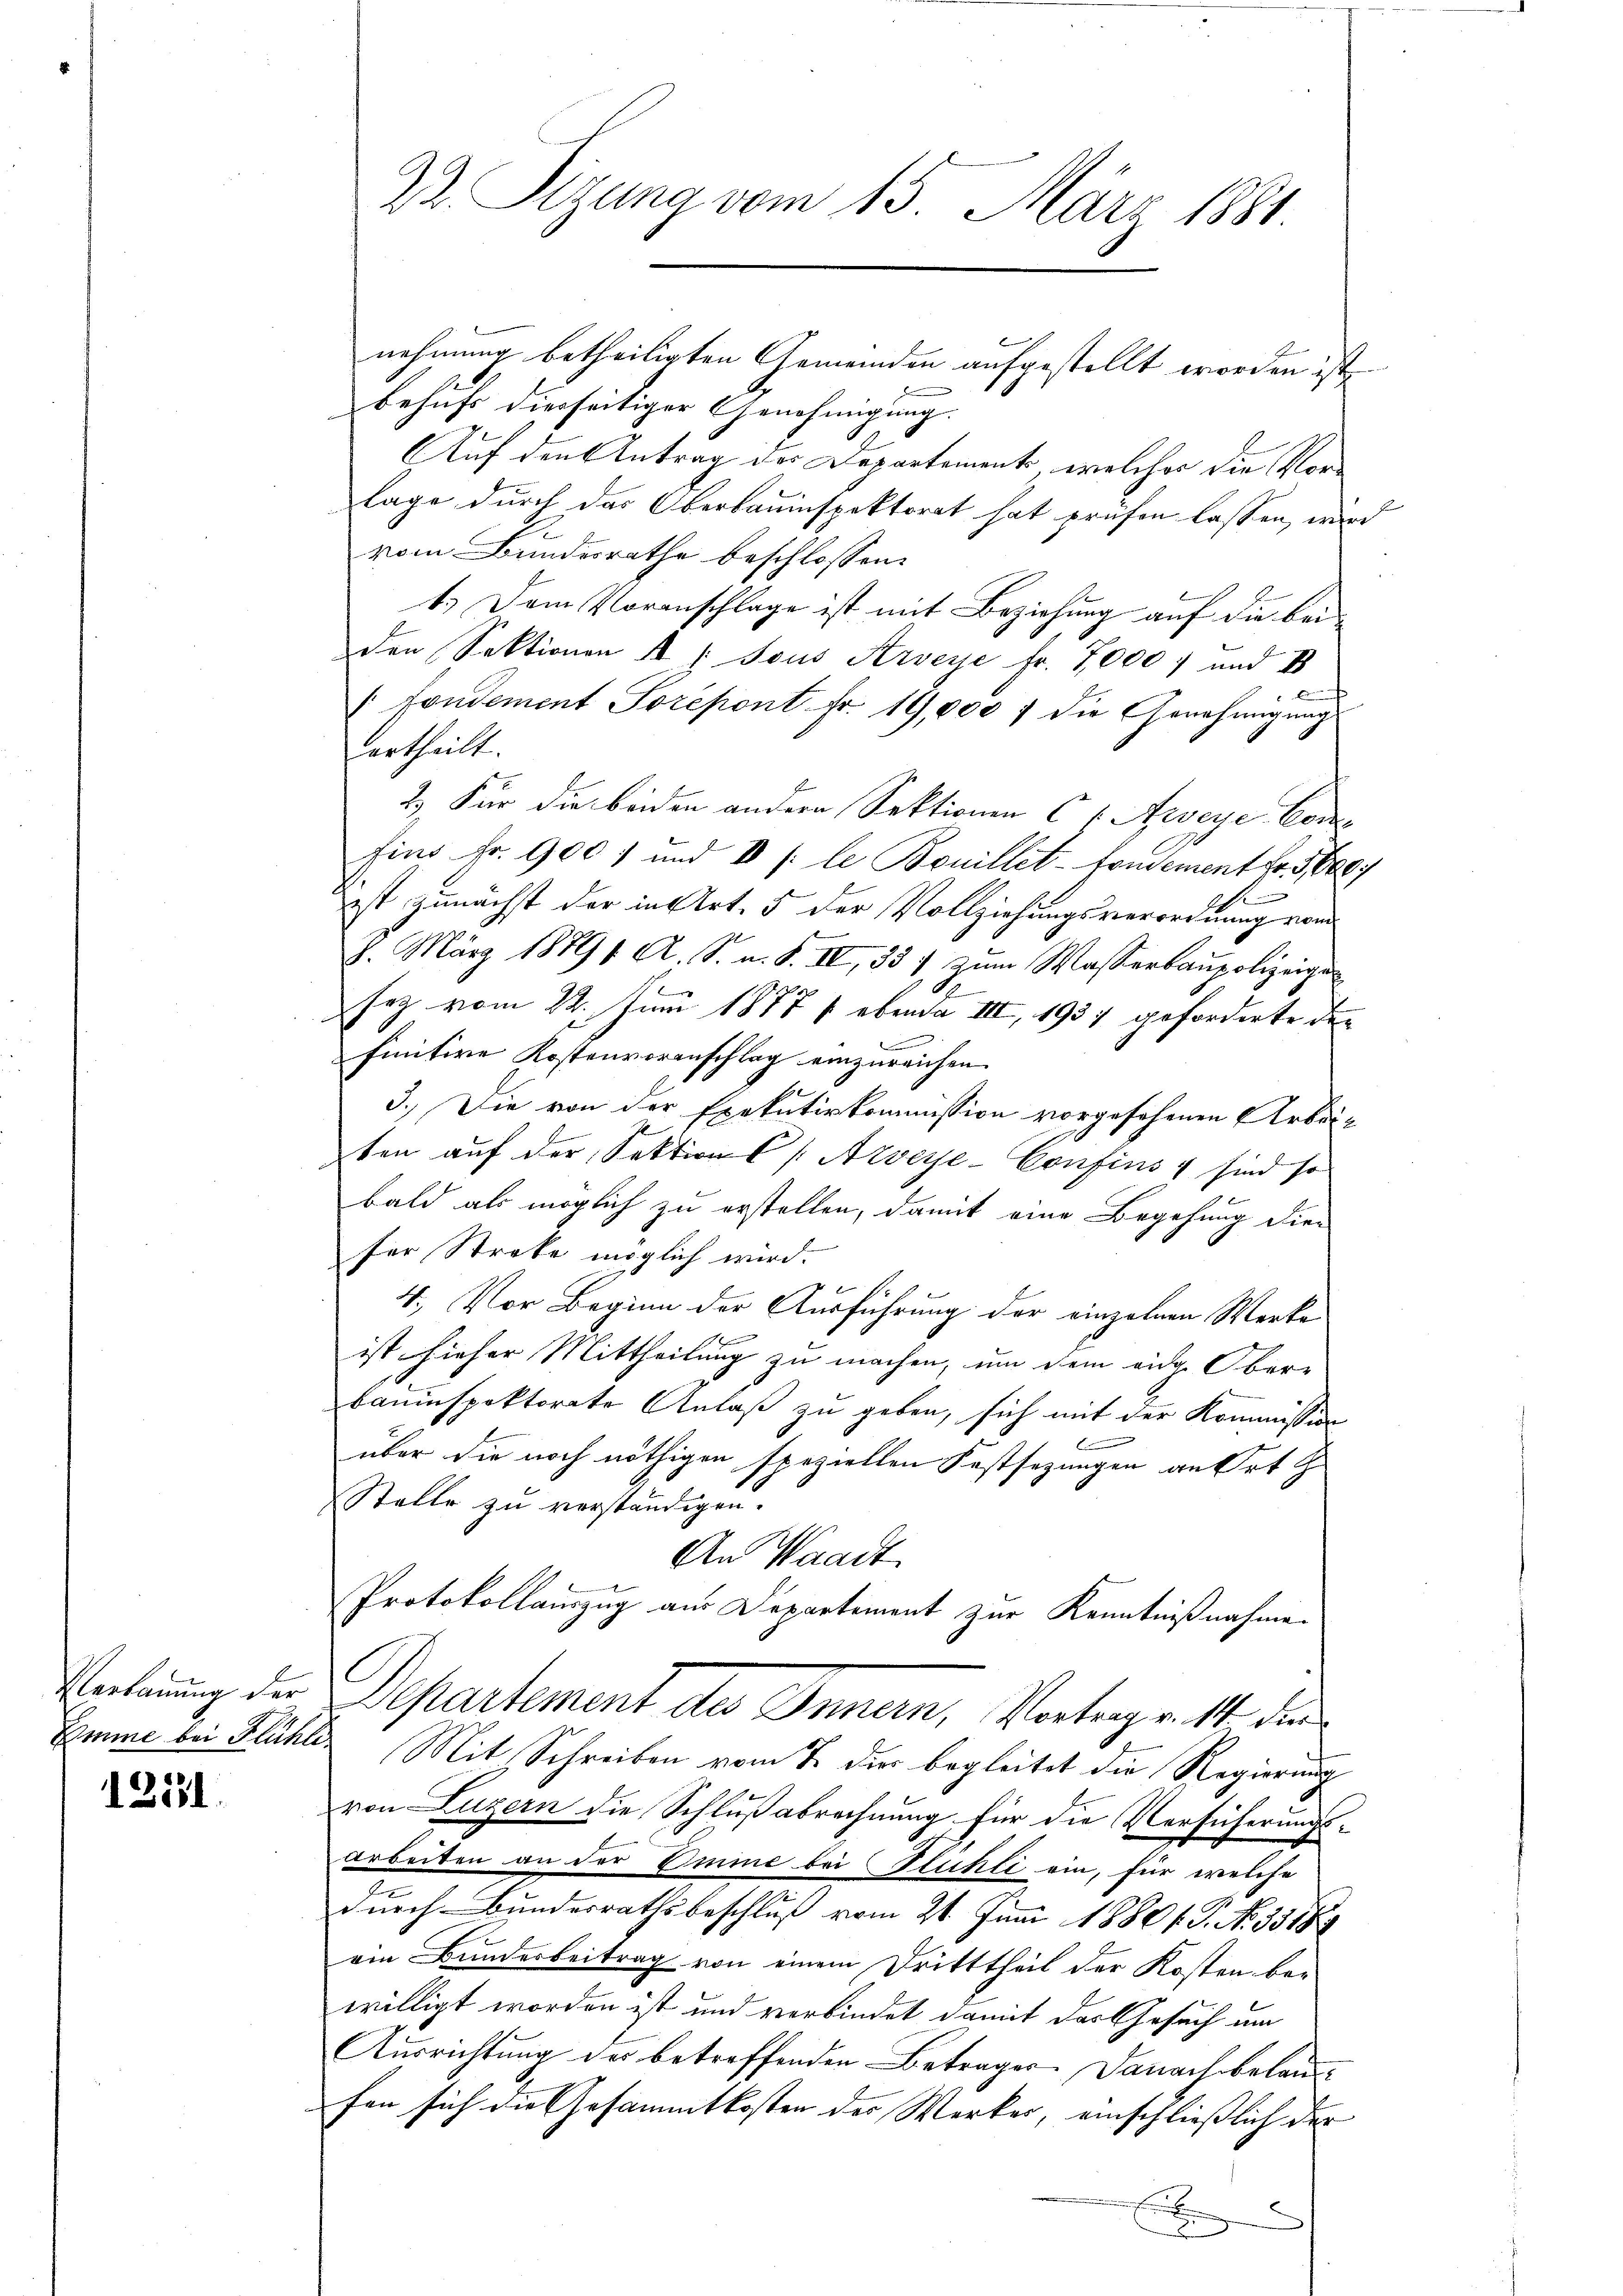
Emme bei Flühle

Bil

22. Sizung vom 15. März 1881.

nehmung betheiligten Gemeinden aufgestellt worden ist
behufs diesseitiger Genehmigung.
(Auf den Antrag des Departement, welcher die Vorlage durch das Oberbauinspektorat hat prüfen lassen, wird
vom Bundesrathe beschlossen:
1.) Dem Voranschlage ist mit Beziehung auf die beiden Sektionen A / Sous Arveye fr. 7000) und 18

Fondement Sorepont Fr. 19,000 f die Genehmigungs
Vertheilt.
2) Für die beiden andern Sektionen C 1 Arseye Con
fins Fr. 900) und II (le Bouillet-Fondement Fr. 3
ist zunächst der in Art. 5 der Vollziehungsverordnung von
8. März 18791. A. S. u. S. IV, 331 zum Wasserbaupolizeige
sez vom 22. Juni 1877 s ebenda III, 1937 geforderte der
finitive Kostenvoranschlag einzureichen.
3.) Die von der Exekutivkommission vorgesehenen Arbeiten auf der Sektion C. Arveye-Confins v sind so
bald als möglich zu erstellen, damit eine Begehung die-
für Streke möglich wird.
4. Vor Beginn der Ausführung der einzelnen Werke
A
ist hieher Mittheilung zu machen, um dem eidg. Ober-
bauinspektorate Anlaß zu geben, sich mit der Kommission
.
über die noch nöthigen speziellen Festsezungen an Ort z
Stelle zu verständigen.
An Waadt
Protokollauszug aus Departement zur Kenntnißnahme.
C
Verbauung der Departement des Innern, Vortrage. 14 die
Mit Schreiben vom 7. dies begleitet die Regierung
von Luzern die Schlußabrechnung für die Versicherungs-
Arbeiten an der Emme bei lichti ein, für welche
durch Bundesrathsbeschluß vom 21. Juni 18801. P. No. 3318
ein Bundesbeitrag von einem Dritttheil der Kosten be-
willigt worden ist und verbindet damit das Gesuch um
Ausrichtung des betreffenden Betrages Danach belaufen sich die Gesammtkosten der Werker, einschliesslich der |
E
.
2